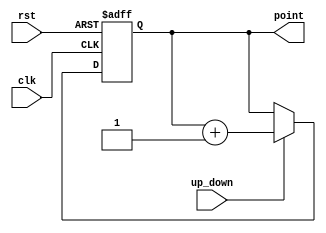
module add_point(
input clk,
input rst,
input up_down,
output reg [3:0]point);



always@(posedge clk or posedge rst)
	begin
		if (rst == 1'b1)
			begin
			point <= 4'b0000;
			end
		else if (up_down == 1'b1)
			begin
			point <= point + 1'b1;
			end
	end
	
endmodule